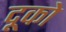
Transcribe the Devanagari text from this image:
दूको